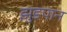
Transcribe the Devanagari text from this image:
झुडपान